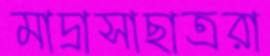
মাদ্রাসাছাত্ররা